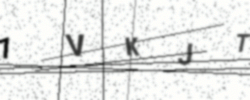
Text: 1VKJT